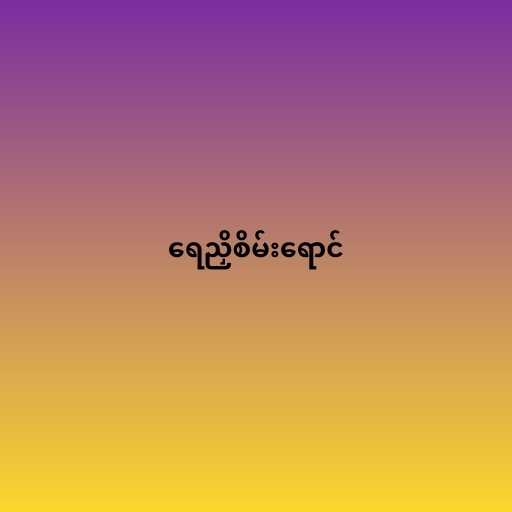
ရေညှိစိမ်းရောင်